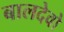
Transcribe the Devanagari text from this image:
बालदेवो